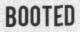
BOOTED